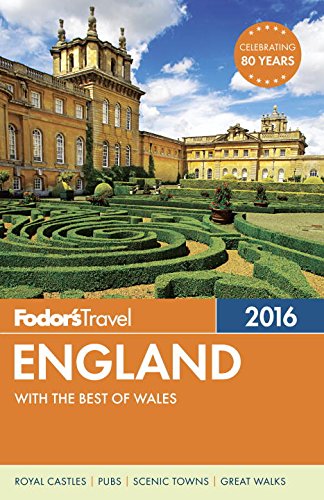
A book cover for Fodor's England 2016: with the Best of Wales (Full-color Travel Guide); Fodor's; Travel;